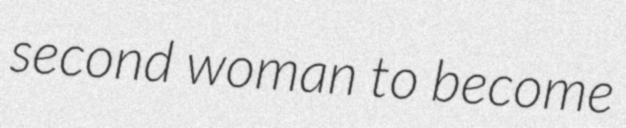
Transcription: second woman to become